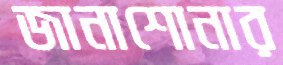
জানাশোনার